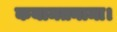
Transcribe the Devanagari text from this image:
कयामतनामा।